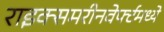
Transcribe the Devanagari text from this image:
राइक्समरीनवेर्फ्टमध्ये